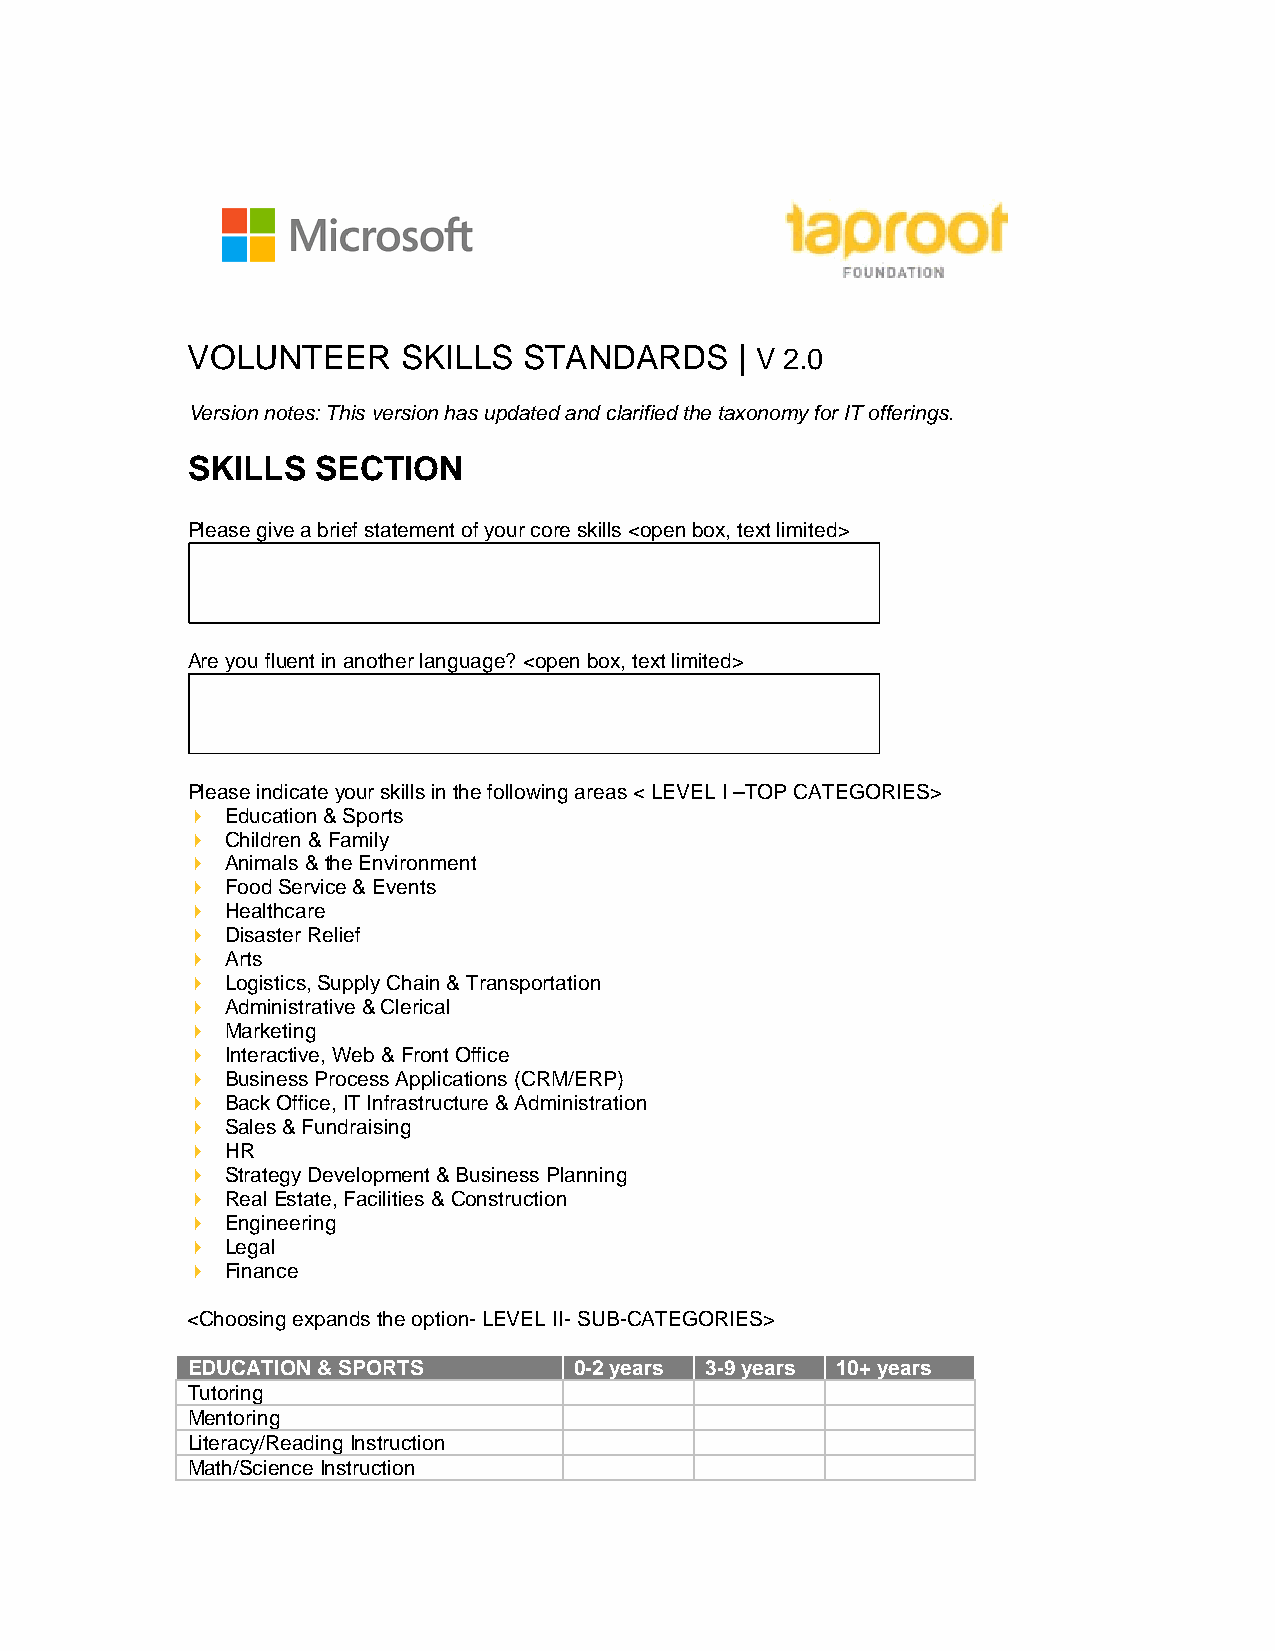
VOLUNTEER      SKILLS  STANDARDS     | V 2.0
 Version notes: This version has updated and clarified the taxonomy for IT offerings.
 SKILLS   SECTION
 Please give a brief statement of your core skills <open box, text limited>
 Are you fluent in another language? <open box, text limited>
 Please indicate your skills in the following areas < LEVEL I –TOP CATEGORIES>
   Education & Sports
   Children & Family
   Animals & the Environment
   Food Service & Events
   Healthcare
   Disaster Relief
   Arts
   Logistics, Supply Chain & Transportation
   Administrative & Clerical
   Marketing
   Interactive, Web & Front Office
   Business Process Applications (CRM/ERP)
   Back Office, IT Infrastructure & Administration
   Sales & Fundraising
   HR
   Strategy Development & Business Planning
   Real Estate, Facilities & Construction
   Engineering
   Legal
   Finance
 <Choosing expands the option- LEVEL II- SUB-CATEGORIES>
 EDUCATION & SPORTS        0-2 years 3-9 years 10+ years
 Tutoring
 Mentoring
 Literacy/Reading Instruction
 Math/Science Instruction